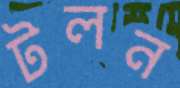
টলন